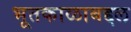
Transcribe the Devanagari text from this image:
भूतकाळाबद्दल